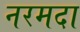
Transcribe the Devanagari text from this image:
नरमदा